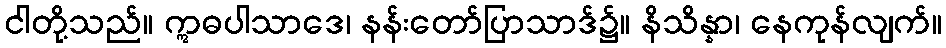
ငါတို့သည်။ ဣဓပါသာဒေ၊ နန်းတော်ပြာသာဒ်၌။ နိသိန္နာ၊ နေကုန်လျက်။